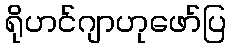
ရိုဟင်ဂျာဟုဖော်ပြ